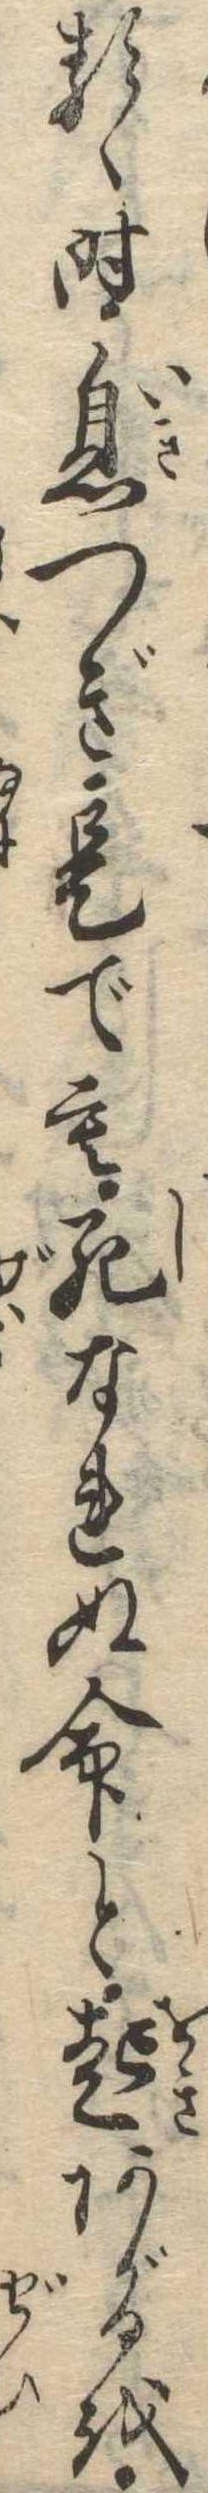
るゝ時息つぎ是でも死なれぬ命と起あがるを